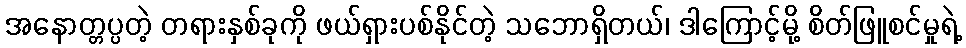
အနောတ္တပ္ပတဲ့ တရားနှစ်ခုကို ဖယ်ရှားပစ်နိုင်တဲ့ သဘောရှိတယ်၊ ဒါကြောင့်မို့ စိတ်ဖြူစင်မှုရဲ့